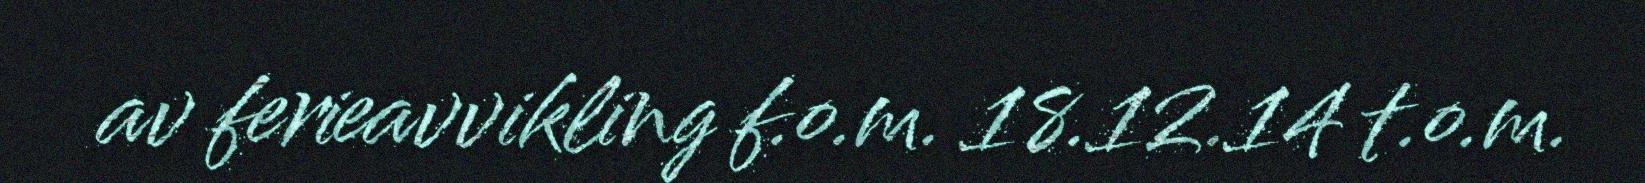
av ferieavvikling f.o.m. 18.12.14 t.o.m.